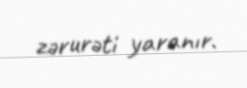
zərurəti yaranır.